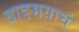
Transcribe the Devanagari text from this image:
वाङमय़ाचं